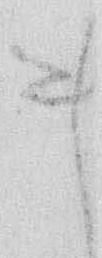
ま